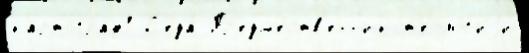
картограф1 С'еда́ Пр'едше́ств'енн'ик т'еоло́г'иjи